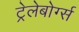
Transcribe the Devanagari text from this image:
ट्रेलेबोर्ग्स